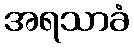
အရသာခံ